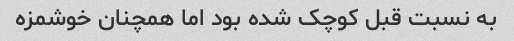
به نسبت قبل کوچک شده بود اما همچنان خوشمزه